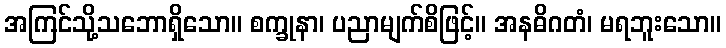
အကြင်သို့သဘောရှိသော။ စက္ခုနာ၊ ပညာမျက်စိဖြင့်။ အနဓိဂတံ၊ မရဘူးသော။